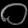
Digit: ၀